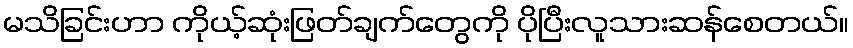
မသိခြင်းဟာ ကိုယ့်ဆုံးဖြတ်ချက်တွေကို ပိုပြီးလူသားဆန်စေတယ်။